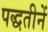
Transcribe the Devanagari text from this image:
पद्धतीनें